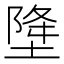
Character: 𱗘